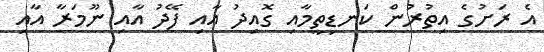
އެ ރަށުގެ އިތުރުން ކަނޑިތީމާއި ގޮއިދު އާއި ފޭދު އާއި ނޫމަރާ އާއި